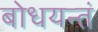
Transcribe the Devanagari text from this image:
बोधयन्तं